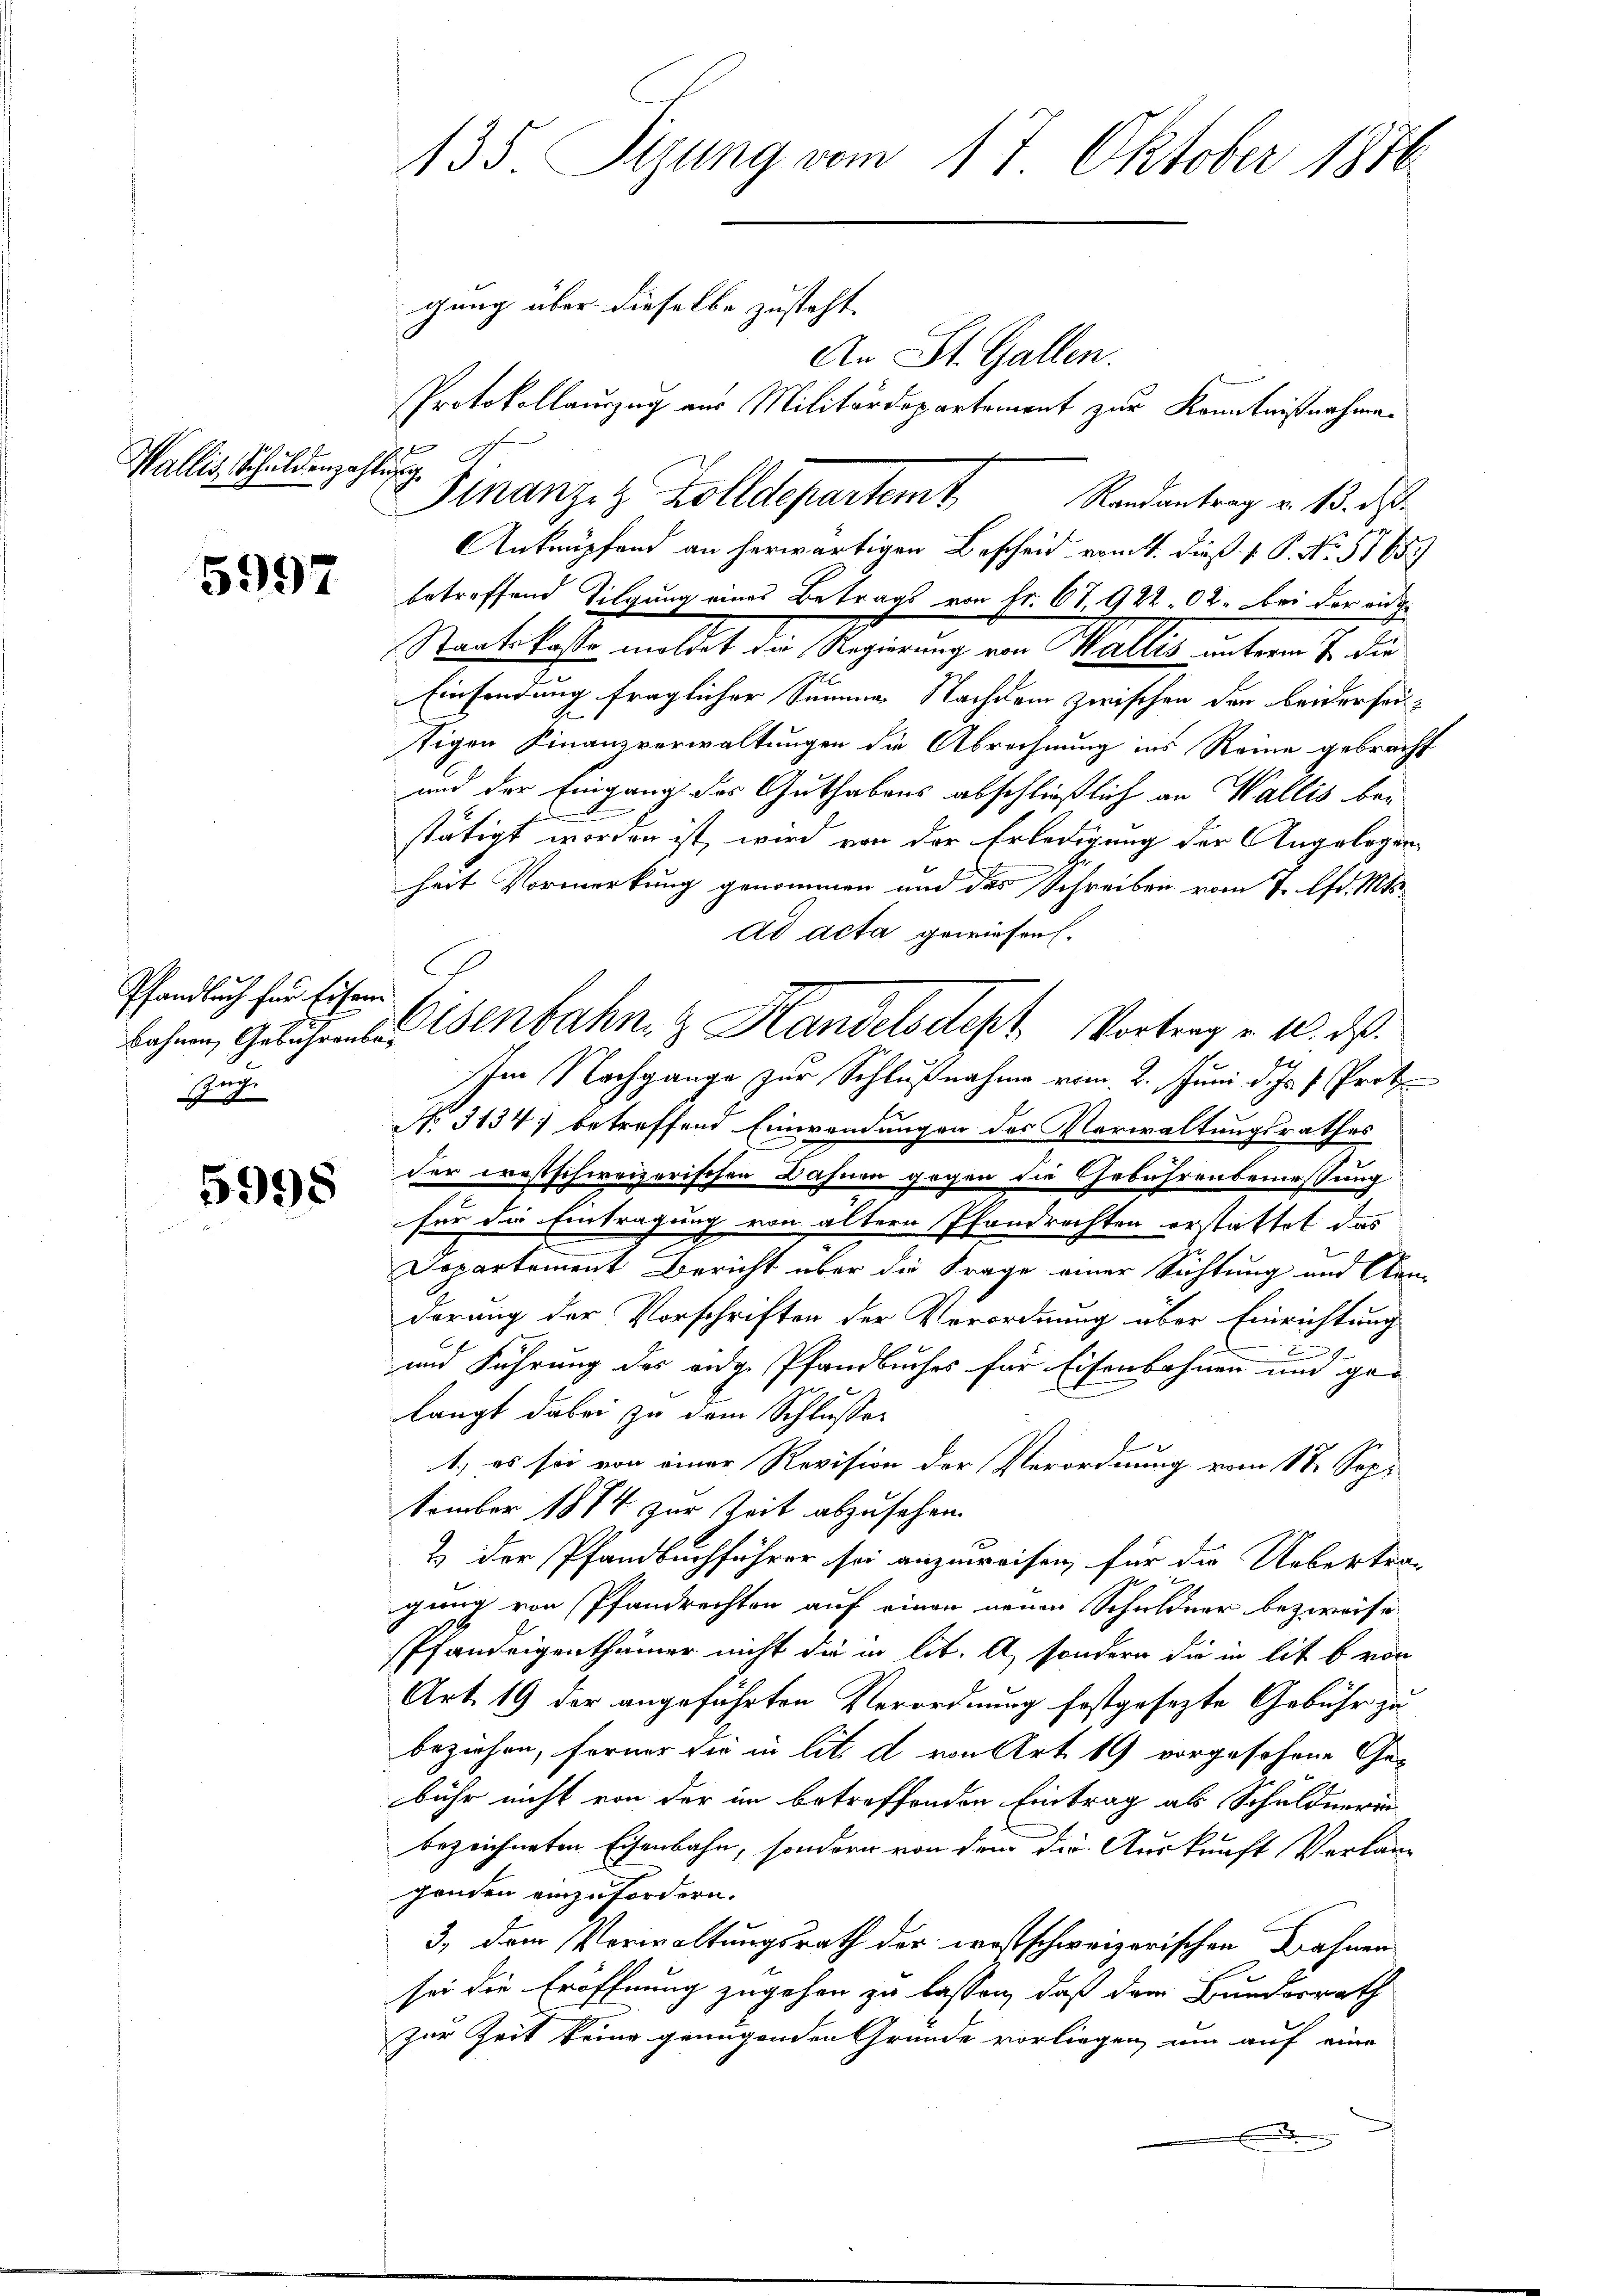
Wallis, Schuldenzahlung,

5997

Pfandbuch für Eisen
uch.
6

5998

135. Sizung vom 17. Oktober 1876

An St. Gallen.
Protokollauszug aus Militärdepartement zur Kenntnißnahmen
betreffend Tilgung eines Betrags von Fr. 67, 922. 02. bei der eid¬
Nachlasse mittet der Regierung von Maller unter S. die
Einsendung fraglicher Summe Nachdem zwischen den beiderseitigen Finanzverwaltungen die Abrechnung ins Reine gebracht
und der Eingang des Guthabens abschließlich an Wallis bestätigt worden ist, wird von der Erledigung der Angelegenheit Vormerkung genommen und der Schreiben vom 7. Ad. Mts.
Ad acta gewiesen.
bahnen, Gesuche eisenbahn & Handelsdept Vortrag v. 10. ds.
Im Nachgange zur Schlußnahme vom 2. Juni d. Js. f. Prot
No. 3134) betreffend Einwendungen des Verwaltungsrathes
der ernstschweizerischen Bahnen gegen die Gebührensemessung
für die Eintragung von ältern Pfandrechten erstattet das
Departement Bericht über die Frage einer Richtung und Cenderung der Vorschriften der Verordnung über Einrichtung
n
und Führung des eidge Pfandbuches für Eisenbahnen und gelangt dabei zu dem Schlusser
f
1) es sei von einer Revision der Verordnung vom 18. Sep.
tember 1874 zur Zeit abzusehen.
& der Pfandbuchführer sei anzuweisen, für die Uebertra-
gung von Pfandrechten auf einen neuen Schuldner bezweife
Pfandeigenthümer nicht die in lit. A sondern die in lit. b von
Art. 19 der angeführten Verordnung festgesezte Gebühr zu
beziehen, ferner die in lit. d von Art. 19 vorgesehene Ge-
bühr nicht von der in betreffenden Eintrag als Schuldnerin
bezeichneten Eisenbahn, sondern von dem der Auskunft Verlang
genden einzufordern.
3., dem Verwaltungsrath der westschweizerischen Bahnen
sei die Eröffnung zugehen zu lassen, daß dem Bundesrath
zur Zeit keine genügenden Gründe vorliegen, um auf eine
.

gung über dieselbe zusteht.

Finanziz Zolldepartamt Randantrag v. 13. d.
Anknüpfend an herwärtigen Bescheid vom 4. dieß. 1. P. No. 5165.